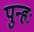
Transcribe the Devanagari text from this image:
पुन्हः